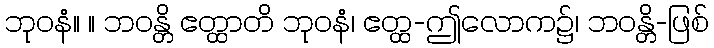
ဘုဝနံ။ ။ ဘဝန္တိ ဧတ္ထာတိ ဘုဝနံ၊ ဧတ္ထ-ဤလောက၌၊ ဘဝန္တိ-ဖြစ်